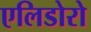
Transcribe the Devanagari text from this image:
एलिडोरो